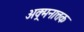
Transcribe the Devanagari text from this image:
अक्र्मनात्तक